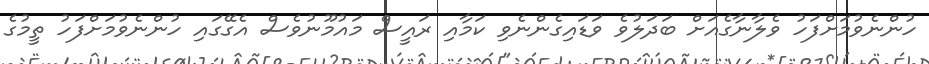
ހުންނެވުމަށްފަހު ވެލާނާގެއަށް ބަދަލުވެ ވަޑައިގެންނެވި ކަމާއި ރައީސް މައުމޫނުވެސް އެގޭގައި ހުންނެވުމަށްފަހު ތީމުގެ